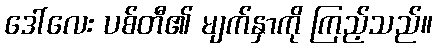
ဒေါ်လေး ပစ်တီ၏ မျက်နှာကို ကြည့်သည်။